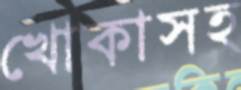
খোকাসহ